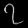
Digit: ၇